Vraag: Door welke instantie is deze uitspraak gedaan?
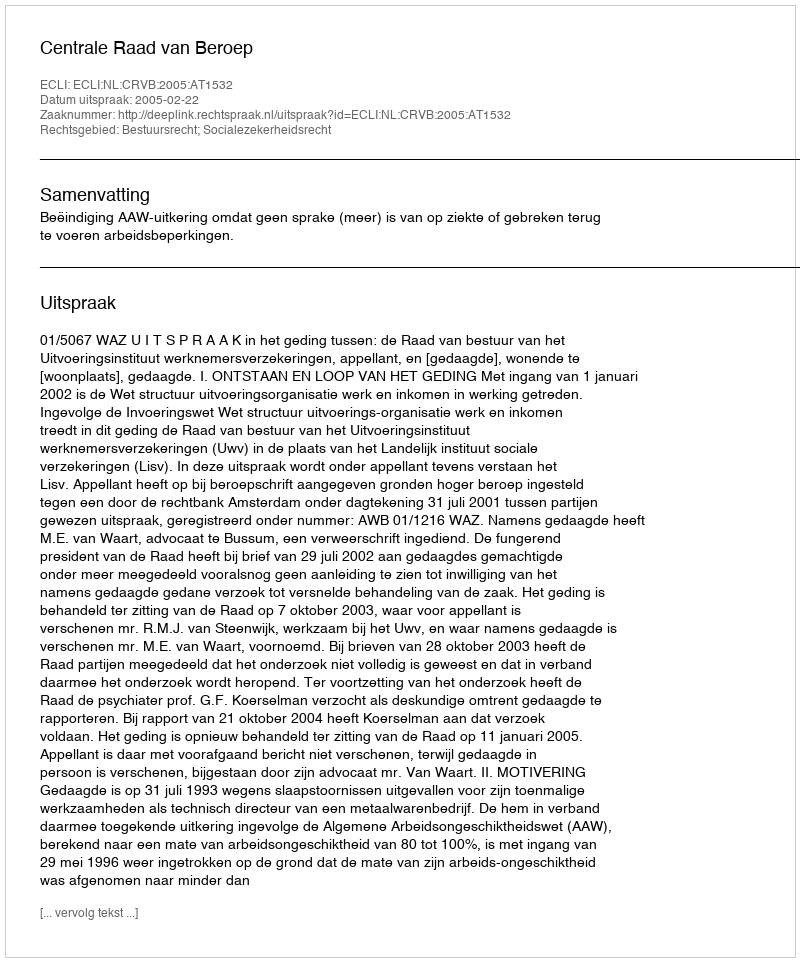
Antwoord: Centrale Raad van Beroep